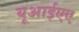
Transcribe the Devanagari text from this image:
यूआईएए